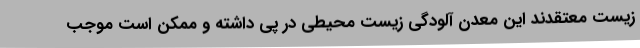
زیست معتقدند این معدن آلودگی زیست محیطی در پی داشته و ممکن است موجب